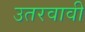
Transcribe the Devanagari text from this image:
उतरवावी